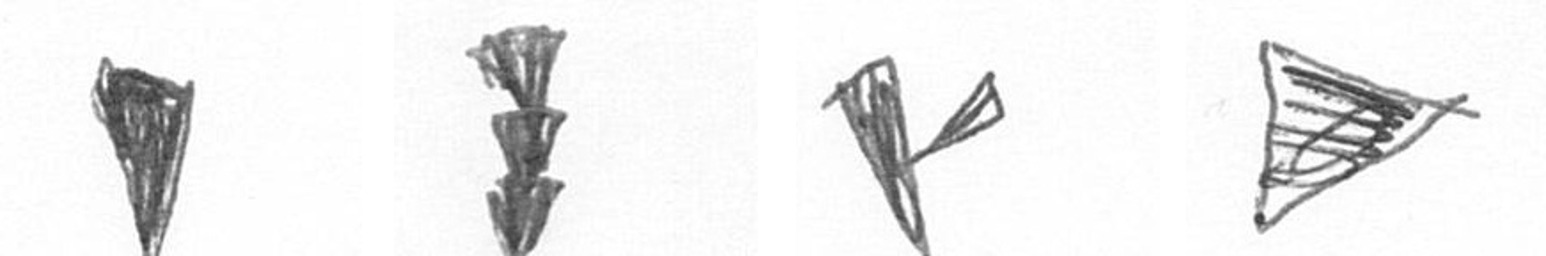
J E F T